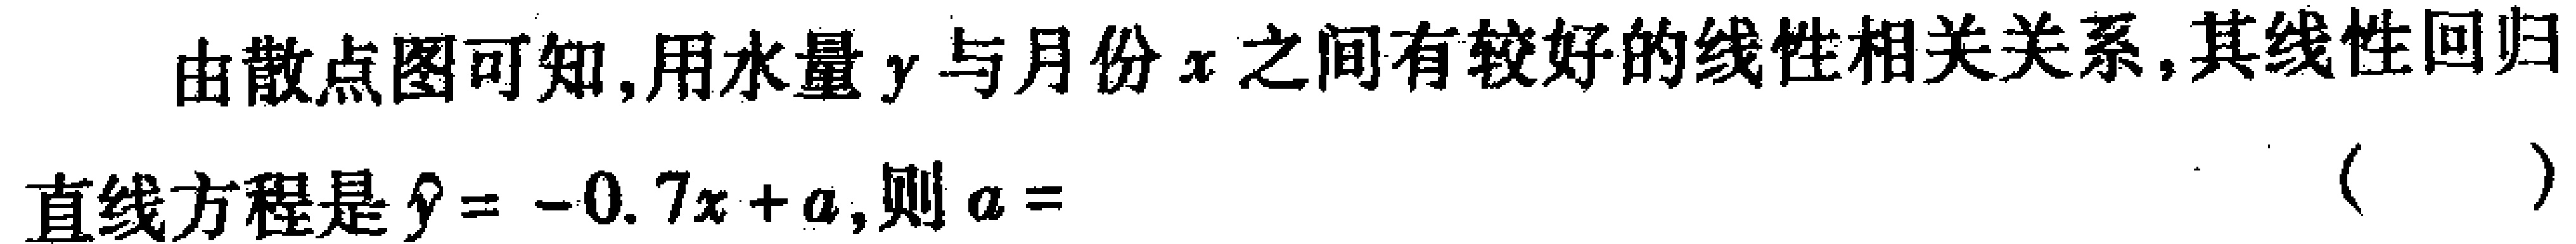
由散点图可知,用水量\(y\)与月份\(x\)之间有较好的线性相关关系,其线性回归

直线方程是\(\hat{y} = -0.7x + a\),则\(a=\)（  ）